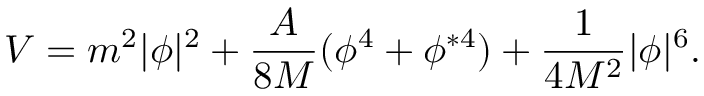
V = m ^ { 2 } | \phi | ^ { 2 } + \frac { A } { 8 M } ( \phi ^ { 4 } + \phi ^ { * 4 } ) + \frac { 1 } { 4 M ^ { 2 } } | \phi | ^ { 6 } .